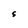
Character: S